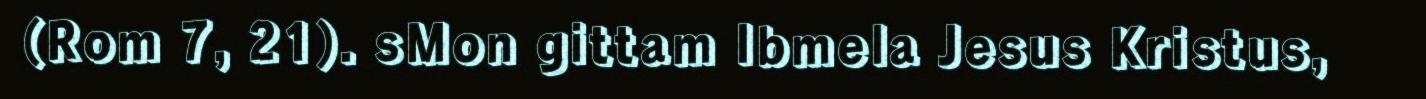
(Rom 7, 21). sMon gittam Ibmela Jesus Kristus,